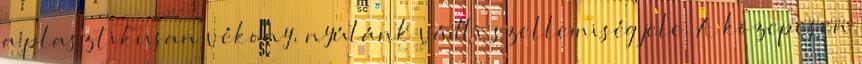
a plasztikusan vékony, nyúlánk vádli szellemiség jele. A közepesen